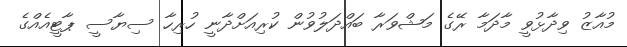
މުއާޒު ވިދާޅުވީ މާދަމާ ރޭގެ މަޝްވަރާ ބައްދަލުވުން ކުރިއަށްދާނީ ހުރިހާ ސިޔާސީ ޕާޓީއެއްގެ